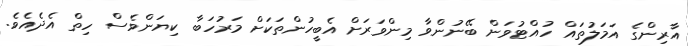
އާރިންގެ އަމަލުތައް ހުއްޓުވަން ބޭނުންވާ މިންވަރަށް އެބީހުންތަކަށް މަރުހަބާ ކިޔަންވެސް ހިތް އެދެއެވެ.